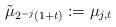
LaTeX: \begin{align*}\tilde\mu_{2^{-j}(1+t)} := \mu_{j,t}\quad\end{align*}